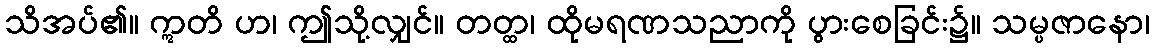
သိအပ်၏။ ဣတိ ဟ၊ ဤသို့လျှင်။ တတ္ထ၊ ထိုမရဏသညာကို ပွားစေခြင်း၌။ သမ္ပဇာနော၊